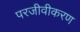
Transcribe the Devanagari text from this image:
परजीवीकरण